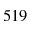
5 1 9